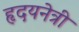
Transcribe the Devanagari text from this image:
हृदयनेत्री